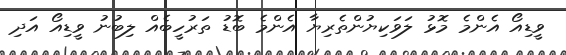
ވީޑިއޯ އެންމެ މޮޅު ލަވަކިޔުންތެރިޔާ އެންމެ ބޮޑު ތަރުހީބެއް ލިބުނު ވީޑިއޯ އަދި